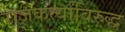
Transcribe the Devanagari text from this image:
राजकर्त्यांविरुद्ध